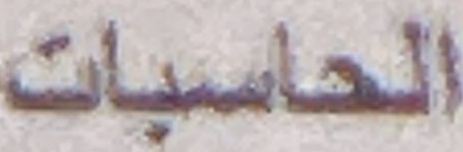
الحاسبات